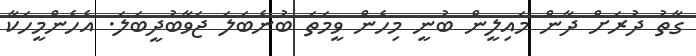
ގާތު ދުރަށް ދާން މައިލީން ބުނީ މިހެން ވީމަތަ ބުނެބަލަ ޖަވާބުދީބަލަ. އެހެންމީހަކާ